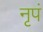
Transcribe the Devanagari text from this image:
नृपं